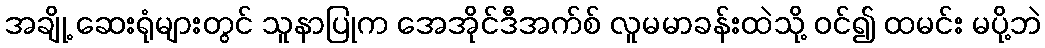
အချို့ ဆေးရုံများတွင် သူနာပြုက အေအိုင်ဒီအက်စ် လူမမာခန်းထဲသို့ ဝင်၍ ထမင်း မပို့ဘဲ